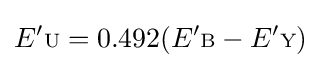
E'{\scriptstyle {\text{U}}}=0.492(E'{\scriptstyle {\text{B}}}-E'{\scriptstyle {\text{Y}}})